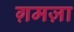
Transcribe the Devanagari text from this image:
ग़मज़ा